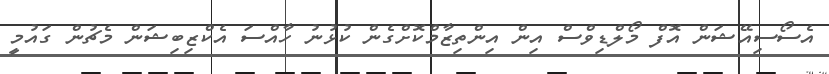
އެސޯސިއޭޝަން އޮފް މޯލްޑިވްސް އިން އިންތިޒާމްކޮށްގެން ކުޅުނު ހާއްސަ އެކްޒިބިޝަން މެޗުން ގައުމީ